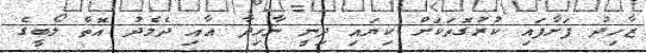
ޒާހިދު ފަށާފައި ކުރުގޮތަކަށް ކިޔައި ދިނީ ނާހިދާ އާއި ދެމެދު އޮތް ލޯބީގެ